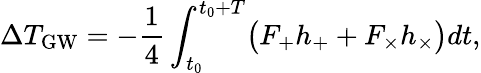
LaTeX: \Delta T_{\mathrm{GW}}=-\frac{1}{4}\int_{t_{0}}^{t_{0}+T}\bigl(F_{+}h_{+}+F_{\times}h_{\times}\bigr)dt,